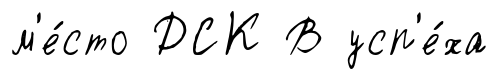
м'е́сто ДСК В усп'е́ха